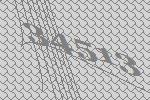
34513